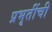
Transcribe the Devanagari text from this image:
प्रभृतींची